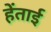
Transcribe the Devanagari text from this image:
हेंताई